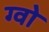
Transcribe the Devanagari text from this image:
ग्वो